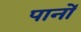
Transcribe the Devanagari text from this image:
पानों